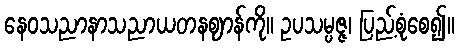
နေဝသညာနာသညာယတနဈာန်ကို။ ဥပသမ္ပဇ္ဇ၊ ပြည့်စုံစေ၍။